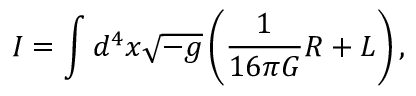
I = \int d ^ { 4 } x \sqrt { - g } \left( \frac { 1 } { 1 6 \pi G } R + { \cal L } \right) ,